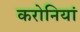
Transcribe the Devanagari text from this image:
करोनियां